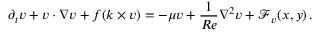
\partial _ { t } \ensuremath { \boldsymbol { v } } + \ensuremath { \boldsymbol { v } } \cdot \nabla \ensuremath { \boldsymbol { v } } + f ( \ensuremath { \boldsymbol { k } } \times \ensuremath { \boldsymbol { v } } ) = - \mu \ensuremath { \boldsymbol { v } } + \frac { 1 } { R e } \nabla ^ { 2 } \ensuremath { \boldsymbol { v } } + \mathcal { \boldsymbol { F } } _ { \ensuremath { \boldsymbol { v } } } ( x , y ) \, .